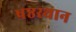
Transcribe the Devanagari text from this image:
षष्ठस्थान